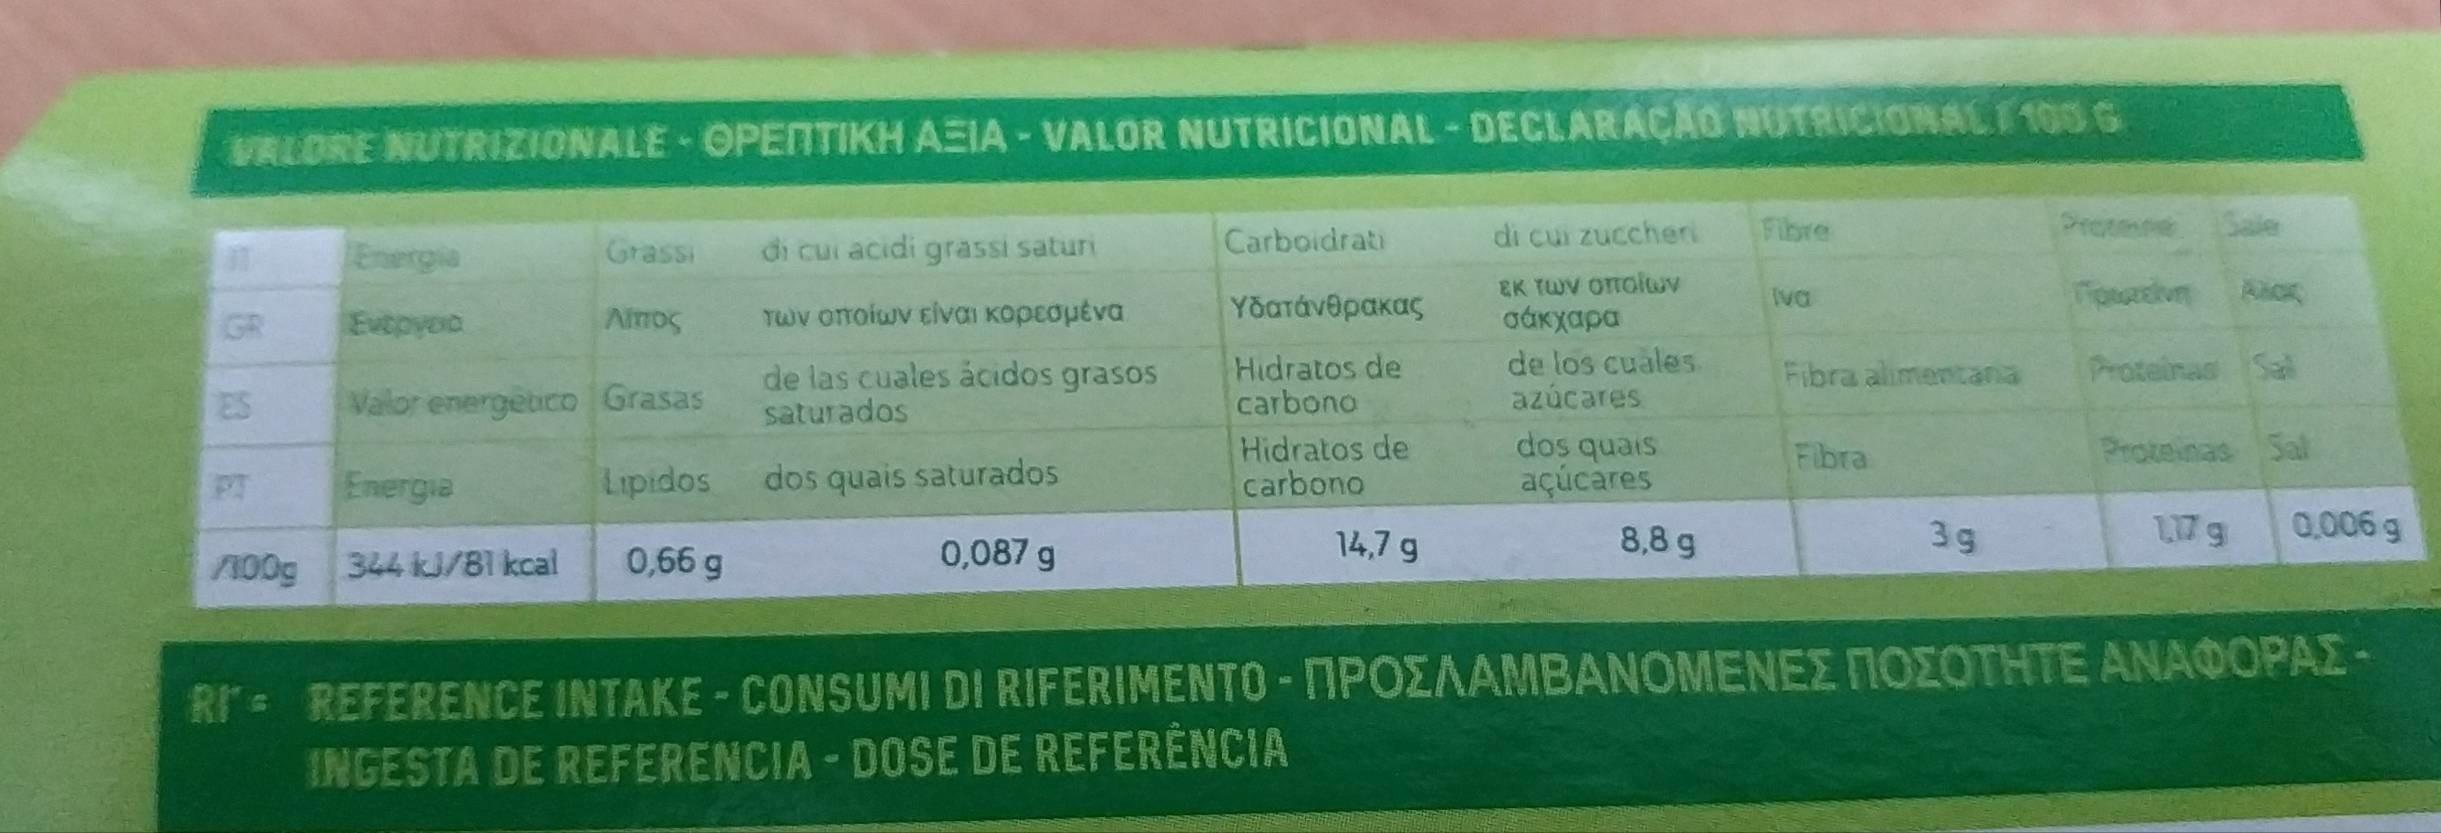
VALORE NUTRIZIONALE - OPENTIKH AEIA-VALOR NUTRICIONAL-DECLARAÇÃO NUTRICIONALI100 G
Carboidrati
di cui zuccheri
Fibre
Protmne
ర్రా
Grassi
di cui acidi grassi saturi
EK TWV OTTolwv σάκχαρα
Iva
ouivn Aio
GR
Evepyoc
Alros
των oποίων είναι κορεσμένα
Υδατάνθρακας
Hidratos de carbono
de los cuales azúcares
Proteinas Sal
de las cuales åcidos grasos saturados
Fibra alimentana
ES
Valor energebico Grasas
Hidratos de carbono
dos quais açúcares
Fibra
Proteinas Sal
PT
Energia
Lipidos
dos quais saturados
14,7 g
8,8 g
3g
L17 g
0,006 g
100g 344 kJ/Bl kcal
0,66 g
0,087 g
RI REFERENCE INTAKE-CONSUMI DI RIFERIMENTO -MPOEAMBANOMENEE NOZOTHTE ANAOOPAE- INGESTA DE REFERENCIA-DOSE DE REFERÈNCIA
40
40